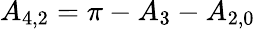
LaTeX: {A_{4,2}}=\pi-{A_{3}}-{A_{2,0}}